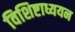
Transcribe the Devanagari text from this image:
विशिष्टाध्ययन